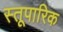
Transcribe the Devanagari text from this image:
स्तूपारिक